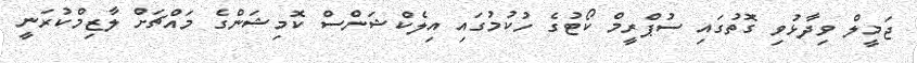
ޖަމީލް ވިދާޅުވި ގޮތުގައި ސުޕްރީމް ކޯޓުގެ ހުކުމުގައި އިލެކްޝަންސް ކޮމިޝަންގެ މައްޗަށް ލާޒިމްކުރަނީ